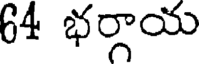
64 భర్గాయ